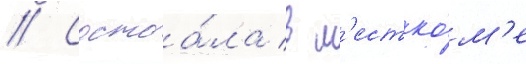
// Состоа́ла в м'естко́м'е